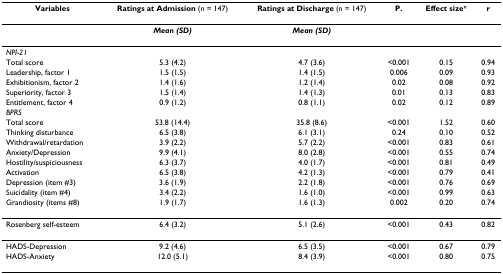
<table><thead><tr><td><b>Variables</b></td><td><b>Ratings at Admission (n = 147)</b></td><td><b>Ratings at Discharge (n = 147)</b></td><td><b>P.</b></td><td><b>Effect size<sup>¤</sup></b></td><td><b>r</b></td></tr></thead><tbody><tr><td></td><td><b><i>Mean (SD)</i></b></td><td><b><i>Mean (SD)</i></b></td><td></td><td></td><td></td></tr><tr><td><i>NPI-21</i></td><td></td><td></td><td></td><td></td><td></td></tr><tr><td>Total score</td><td>5.3 (4.2)</td><td>4.7 (3.6)</td><td>&lt;0.001</td><td>0.15</td><td>0.94</td></tr><tr><td>Leadership, factor 1</td><td>1.5 (1.5)</td><td>1.4 (1.5)</td><td>0.006</td><td>0.09</td><td>0.93</td></tr><tr><td>Exhibitionism, factor 2</td><td>1.4 (1.6)</td><td>1.2 (1.4)</td><td>0.02</td><td>0.08</td><td>0.92</td></tr><tr><td>Superiority, factor 3</td><td>1.5 (1.4)</td><td>1.4 (1.3)</td><td>0.01</td><td>0.13</td><td>0.83</td></tr><tr><td>Entitlement, factor 4</td><td>0.9 (1.2)</td><td>0.8 (1.1)</td><td>0.02</td><td>0.12</td><td>0.89</td></tr><tr><td><i>BPRS</i></td><td></td><td></td><td></td><td></td><td></td></tr><tr><td>Total score</td><td>53.8 (14.4)</td><td>35.8 (8.6)</td><td>&lt;0.001</td><td>1.52</td><td>0.60</td></tr><tr><td>Thinking disturbance</td><td>6.5 (3.8)</td><td>6.1 (3.1)</td><td>0.24</td><td>0.10</td><td>0.52</td></tr><tr><td>Withdrawal/retardation</td><td>3.9 (2.2)</td><td>5.7 (2.2)</td><td>&lt;0.001</td><td>0.83</td><td>0.61</td></tr><tr><td>Anxiety/Depression</td><td>9.9 (4.1)</td><td>8.0 (2.8)</td><td>&lt;0.001</td><td>0.55</td><td>0.74</td></tr><tr><td>Hostility/suspiciousness</td><td>6.3 (3.7)</td><td>4.0 (1.7)</td><td>&lt;0.001</td><td>0.81</td><td>0.49</td></tr><tr><td>Activation</td><td>6.5 (3.8)</td><td>4.2 (1.3)</td><td>&lt;0.001</td><td>0.79</td><td>0.41</td></tr><tr><td>Depression (item #3)</td><td>3.6 (1.9)</td><td>2.2 (1.8)</td><td>&lt;0.001</td><td>0.76</td><td>0.69</td></tr><tr><td>Suicidality (item #4)</td><td>3.4 (2.2)</td><td>1.6 (1.0)</td><td>&lt;0.001</td><td>0.99</td><td>0.63</td></tr><tr><td>Grandiosity (items #8)</td><td>1.9 (1.7)</td><td>1.6 (1.3)</td><td>0.002</td><td>0.20</td><td>0.74</td></tr><tr><td>Rosenberg self-esteem</td><td>6.4 (3.2)</td><td>5.1 (2.6)</td><td>&lt;0.001</td><td>0.43</td><td>0.82</td></tr><tr><td>HADS-Depression</td><td>9.2 (4.6)</td><td>6.5 (3.5)</td><td>&lt;0.001</td><td>0.67</td><td>0.79</td></tr><tr><td>HADS-Anxiety</td><td>12.0 (5.1)</td><td>8.4 (3.9)</td><td>&lt;0.001</td><td>0.80</td><td>0.75</td></tr></tbody></table>